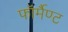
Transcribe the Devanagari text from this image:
फॉर्मैण्ट